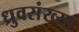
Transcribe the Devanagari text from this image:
ध्रुवसंख्या